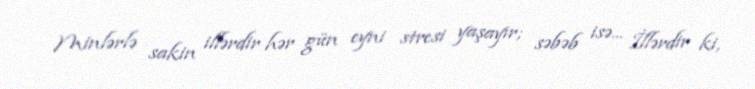
Minlərlə sakin illərdir hər gün eyni stresi yaşayır; səbəb isə... İllərdir ki,